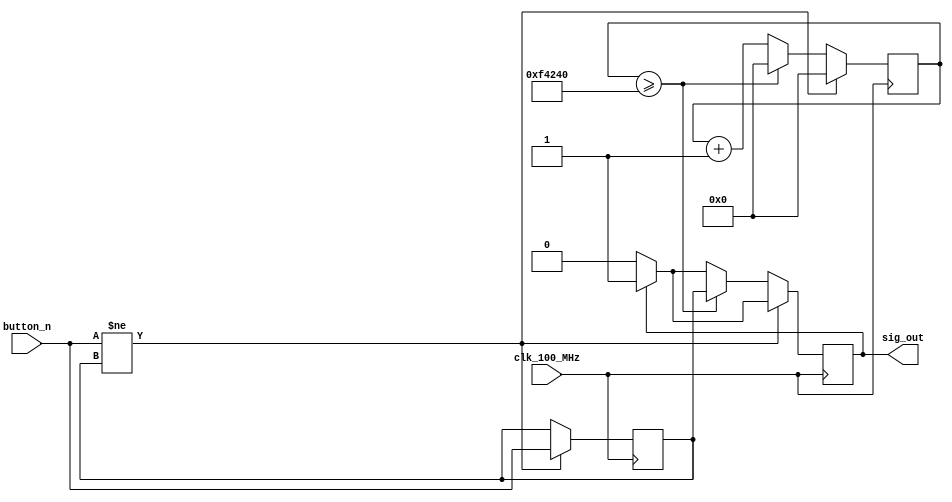
module debounce(
  output reg sig_out,   // set output to be a reg to drive more outputs
  input button_n,     //
  input clk_100_MHz    //
);

parameter SETTLE_TIME = 1000000;  // adjust as needed (10ms should be good)

reg debounced;
reg [23:0] counter;   // also adjust as needed...

always @(posedge clk_100_MHz) begin
    sig_out <= (sig_out) ? 1 : 0;
    if (button_n != debounced) begin            // if our state has changed
        debounced <= button_n;                  // capture the current input
        counter <= 0;                           // and (re)start the timer
  end else if (counter >= SETTLE_TIME) begin    // times up
        sig_out <= debounced;
        counter <= 0;
  end else begin                                // increment blank time counter
    counter <= counter + 1;
  end
end
endmodule